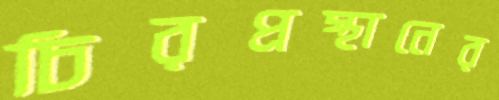
চিরপ্রস্থানের